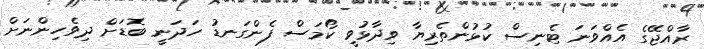
ރާއްޖޭގެ އެއްވަނަ ޓެނިސް ކުޅުންތެރިޔާ ވިދާޅުވީ ކޯމަސް ފެންގަނޑު ހަދަނީ ބޮޑަށް ދިވެހިންނަށް